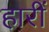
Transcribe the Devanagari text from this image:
हारीं